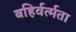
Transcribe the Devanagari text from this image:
बहिर्वर्त्मता